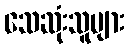
သေဆုံးသူများ